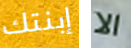
إبنتك الا